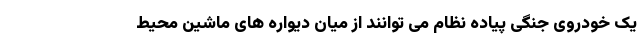
یک خودروی جنگی پیاده نظام می توانند از میان دیواره های ماشین محیط